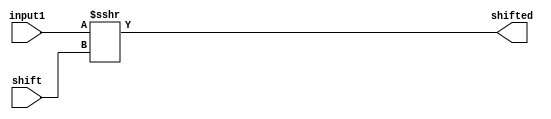
module shra(
    input [31:0] input1,
    input [31:0] shift,
    output [31:0] shifted
    );

assign shifted = input1 >>> shift;

endmodule